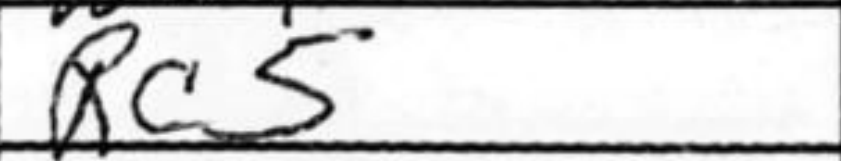
Transcription: Rc5